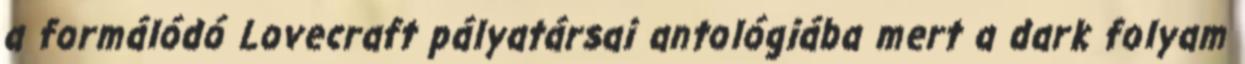
a formálódó Lovecraft pályatársai antológiába mert a dark folyam